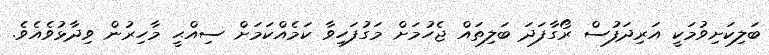
ބަލިކަށިވުމަކީ އަރިދަފުސް ރޯގާފަދަ ބަލިތައް ޖެހުމަށް މަގުފަހިވާ ކަމެއްކަމަށް ސިއްޙީ މާހިރުން ވިދާޅުވެއެވެ.